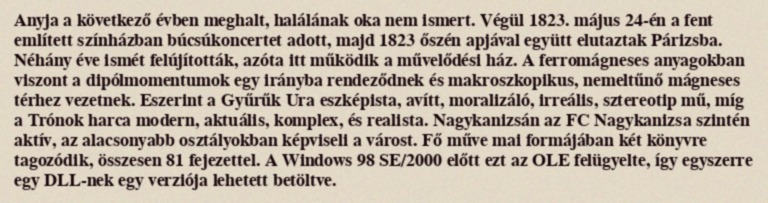
Anyja a következő évben meghalt, halálának oka nem ismert. Végül 1823. május 24-én a fent említett színházban búcsúkoncertet adott, majd 1823 őszén apjával együtt elutaztak Párizsba. Néhány éve ismét felújították, azóta itt működik a művelődési ház. A ferromágneses anyagokban viszont a dipólmomentumok egy irányba rendeződnek és makroszkopikus, nemeltűnő mágneses térhez vezetnek. Eszerint a Gyűrűk Ura eszképista, avítt, moralizáló, irreális, sztereotip mű, míg a Trónok harca modern, aktuális, komplex, és realista. Nagykanizsán az FC Nagykanizsa szintén aktív, az alacsonyabb osztályokban képviseli a várost. Fő műve mai formájában két könyvre tagozódik, összesen 81 fejezettel. A Windows 98 SE/2000 előtt ezt az OLE felügyelte, így egyszerre egy DLL-nek egy verziója lehetett betöltve.